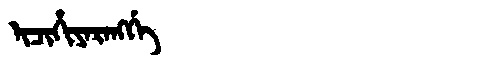
Manchu: ᡳᠴᡳᡥᡳᠶᠠᡵᠠᠩᡤᡝ
Romanization: ICIHIYARANGGE